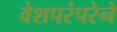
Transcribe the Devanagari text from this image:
वेशपरंपरेने